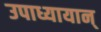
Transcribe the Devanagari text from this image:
उपाध्यायान्‌